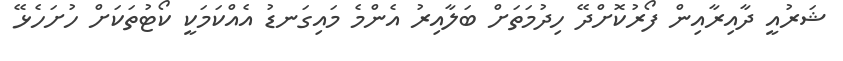
ޝަރުއީ ދާއިރާއިން ފޯރުކޮށްދޭ ހިދުމަތަށް ބަލާއިރު އެންމެ މައިގަނޑު އެއްކަމަކީ ކޯޓުތަކަށް ހުށަހެޅޭ